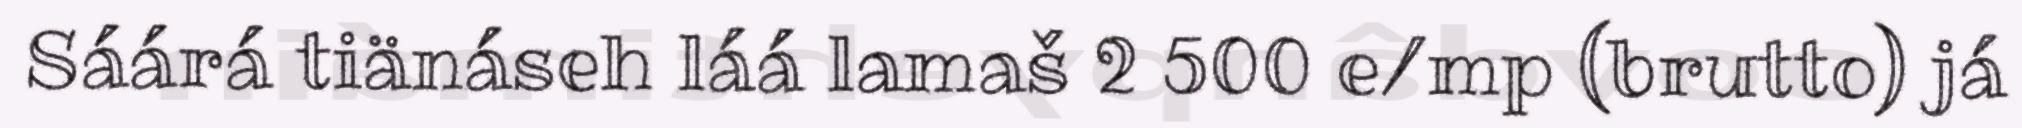
Sáárá tiänáseh láá lamaš 2 500 e/mp (brutto) já